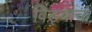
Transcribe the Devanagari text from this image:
विड्याचा